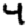
Digit: 4